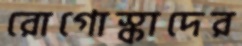
রোগোস্কাদের